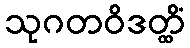
သုဂတဝိဒတ္ထိံ